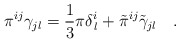
\begin{align*}\pi^{ij}\gamma_{jl}=\frac{1}{3}\pi\delta^{i}_{\,l}+\tilde{\pi}^{ij}\tilde{\gamma}_{jl} ~~~.\end{align*}